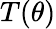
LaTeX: T(\theta)